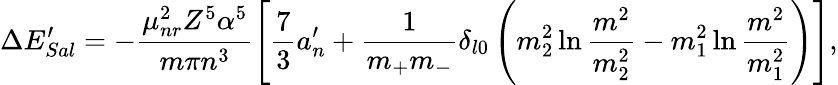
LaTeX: \Delta E_{Sal}^{\prime}=-\frac{\mu_{nr}^{2}Z^{5}\alpha^{5}}{m\pi n^{3}}\left[\frac{7}{3}a_{n}^{\prime}+\frac{1}{m_{+}m_{-}}\delta_{l0}\left(m_{2}^{2}\ln\frac{m^{2}}{m_{2}^{2}}-m_{1}^{2}\ln\frac{m^{2}}{m_{1}^{2}}\right)\right],